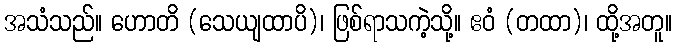
အသံသည်။ ဟောတိ (သေယျထာပိ)၊ ဖြစ်ရာသကဲ့သို့။ ဧဝံ (တထာ)၊ ထို့အတူ။